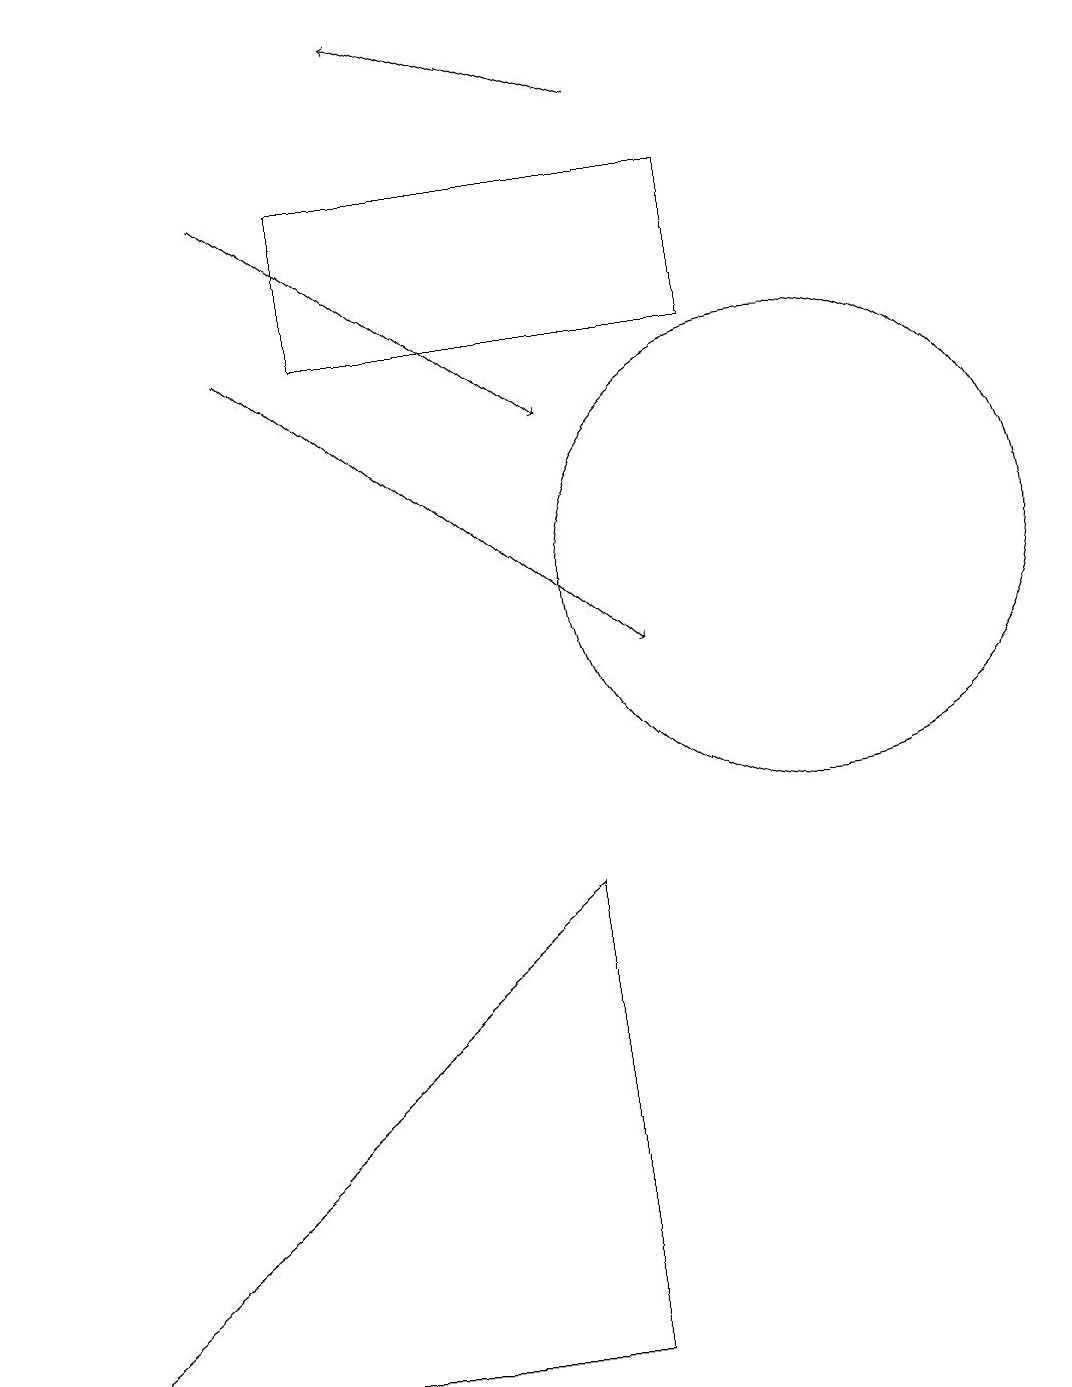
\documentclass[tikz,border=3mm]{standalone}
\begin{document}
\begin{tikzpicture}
\draw (10,11) circle (3);
\draw (4,14) rectangle (9,16);
\draw[->] (8,17) -- (5,18);
\draw[->] (3,16) -- (7,13);
\draw[->] (3,14) -- (8,10);
\draw (7,7) -- (7,1) -- (0,1) -- cycle;
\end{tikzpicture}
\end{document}